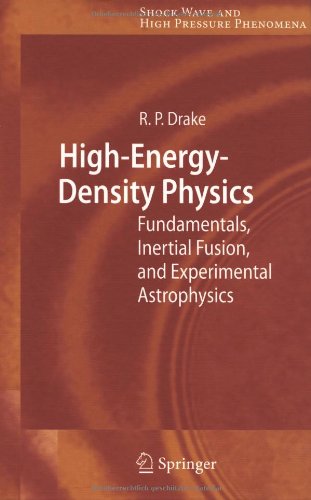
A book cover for High-Energy-Density Physics: Fundamentals, Inertial Fusion, and Experimental Astrophysics (Shock Wave and High Pressure Phenomena); R Paul Drake; Science & Math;